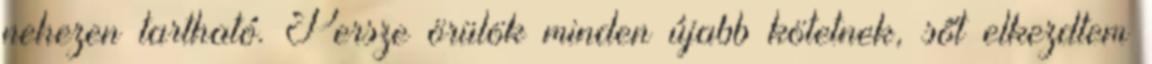
nehezen tartható. Persze örülök minden újabb kötetnek, sőt elkezdtem